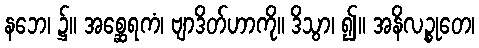
နဘေ၊ ၌။ အစ္ဆေရကံ၊ ဗျာဒိတ်ဟာကို။ ဒိသွာ၊ ၍။ အနိလဉ္စုတေ၊